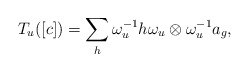
\begin{align*} T_u([c])=\sum_h \omega_u^{-1} h \omega_u\otimes \omega_u^{-1}a_g,\end{align*}